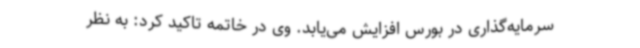
سرمایه‌گذاری در بورس افزایش می‌یابد. وی در خاتمه تاکید کرد: به نظر